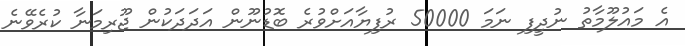
އެ މައުލޫމާތު ނުދީފި ނަމަ 50000 ރުފިޔާއަށްވުރެ ބޮޑުނޫން އަދަދަކުން ޖޫރިމަނާ ކުރެވޭނެ